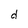
Character: d